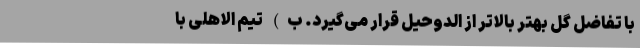
با تفاضل گل بهتر بالاتر از الدوحیل قرار می‌گیرد. ب) تیم الاهلی با